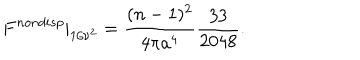
LaTeX: F ^ { n o n d i s p } | _ { 1 / \nu ^ { 2 } } = \frac { ( n - 1 ) ^ { 2 } } { 4 \pi a ^ { 4 } } \frac { 3 3 } { 2 0 4 8 } .